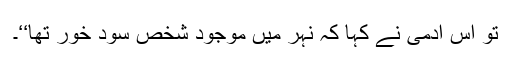
تو اس آدمی نے کہا کہ نہر میں موجود شخص سود خور تھا‘‘۔